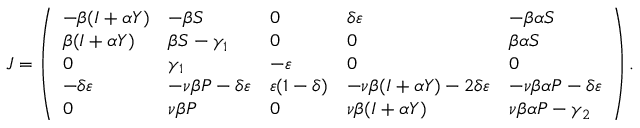
\begin{array} { r } { J = \left( \begin{array} { l l l l l } { - \beta ( I + \alpha Y ) } & { - \beta S } & { 0 } & { \delta \varepsilon } & { - \beta \alpha S } \\ { \beta ( I + \alpha Y ) } & { \beta S - \gamma _ { 1 } } & { 0 } & { 0 } & { \beta \alpha S } \\ { 0 } & { \gamma _ { 1 } } & { - \varepsilon } & { 0 } & { 0 } \\ { - \delta \varepsilon } & { - \nu \beta P - \delta \varepsilon } & { \varepsilon ( 1 - \delta ) } & { - \nu \beta ( I + \alpha Y ) - 2 \delta \varepsilon } & { - \nu \beta \alpha P - \delta \varepsilon } \\ { 0 } & { \nu \beta P } & { 0 } & { \nu \beta ( I + \alpha Y ) } & { \nu \beta \alpha P - \gamma _ { 2 } } \end{array} \right) . } \end{array}